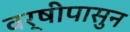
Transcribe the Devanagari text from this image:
वर्षीपासुन